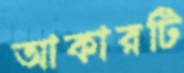
আকারটি